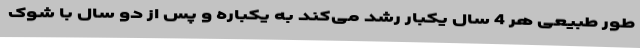
طور طبیعی هر 4 سال یکبار رشد می‌کند به یکباره و پس از دو سال با شوک